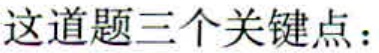
这道题三个关键点：